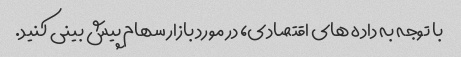
با توجه به داده های اقتصادی، در مورد بازار سهام پیش بینی کنید.